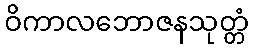
ဝိကာလဘောဇနသုတ္တံ